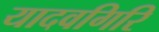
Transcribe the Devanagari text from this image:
यादवगिरि